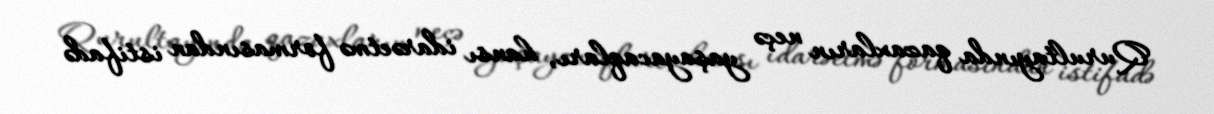
Qurultayında qazaxların neçə yaşayacaqları, hansı idarəetmə formasından istifadə